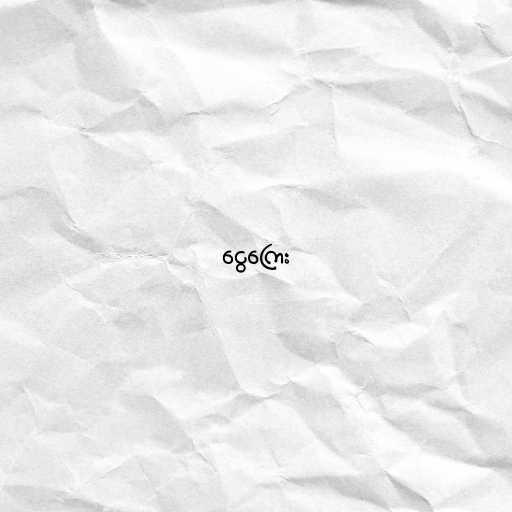
ငွေကြေး